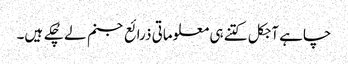
چاہے آجکل کتنے ہی معلوماتی ذرائع جنم لے چُکے ہیں۔